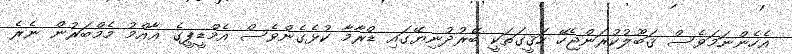
އެހެންނަމަވެސް ޤަބޫލުކުރަންޖެހޭ ހަޤީގަތަކީ ބޭރުދުނިޔޭގައި ޑްރާމާ ކުޅެގެންވެސް އެމްޑީޕީގެ ޢާއްމު މެމްބަރުން ނެރެ